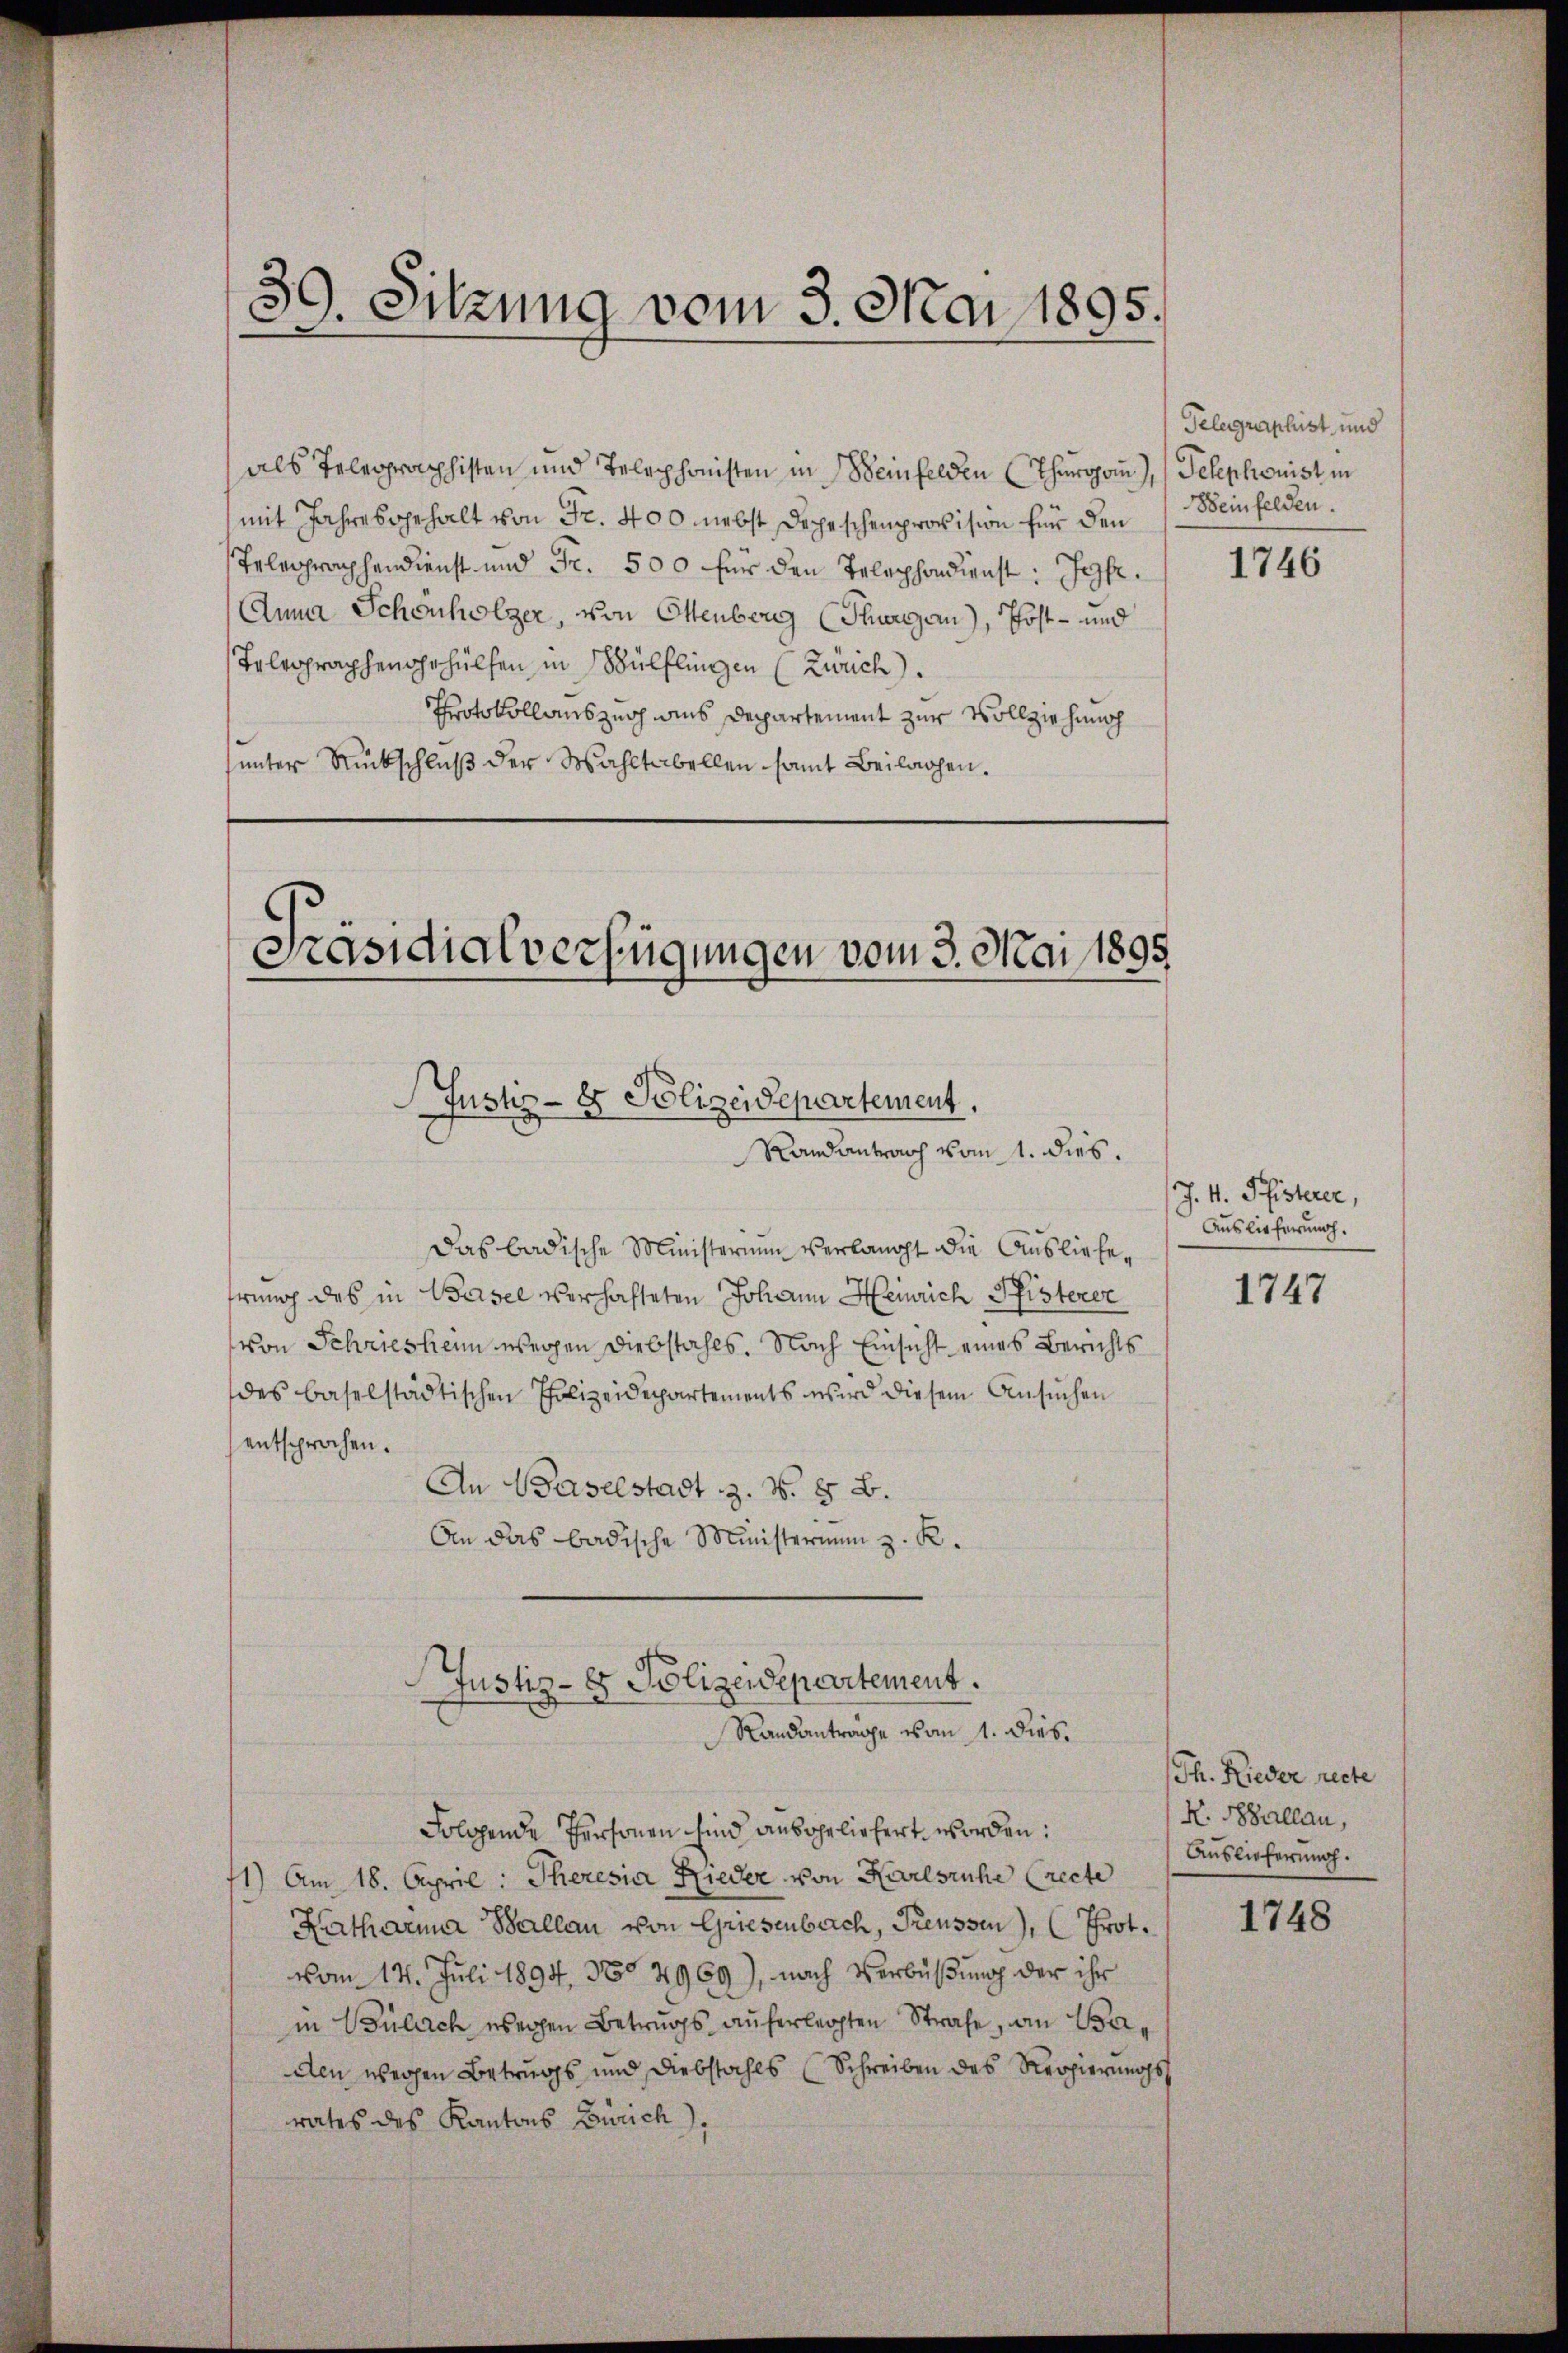
39. Sitzung vom 3. Mai 1895.

als Telegraphisten und Telephonisten in Weinfelden (Thurgau), Telephonist in
mit Jahresgehalt von Fr. 400 nebst Depeschenprovision für den
Telegraphendienst und Fr. 500 für den Telephondienst: Joh.
Anna Schönholzer, von Ottenberg (Thurgau), Post- und
Telegraphengehülfen, in Wülflingen (Zürich.
Protokollauszug aus Departement zur Vollziehung
unter Rückschluß der Wahltabellen samt Beilagen.

Präsidialverfügungen vom 3. Mai 1895
Justiz- & Polizeidepartement.
Randantrach vom 1. dies.

Justiz- & Polizeidepartement.
Randantrage vom 1. Dies.

Das badische Ministerium verlangt die Ausliefehrung des in Basel verhafteten Johann Heinrich Pfisterer
von Schrieshenn wegen Diebstahls. Nach Einsicht eines Berichts
des baselstädtischen Polizeidepartements wird diesem Ansuchen
entsprochen.
An Baselstadt z. B. § B.
An das badische Ministerium z. K.

Telegraphist und
Beinfelden.

Folgende Personen sind ausgeliefert worden:
1) Am 18. April: Theresia Nieder von Karlsruhe (recte
Katharina Ballau von Griesenbach, Preussen), (Prot.
vom 14. Juli 1894, No 2969), nach Verbüßung der ihr
in Bülach wegen Betrugs auferlegten Strafe, an Baden wegen Betrugs und Diebstahls (Schreiben des Regierungsrates des Kantons Zürich).

1746

J. V. Pfisterer,
Auslieferung.

1747

Th. Lieder recte
K. Ballau,
Auslieferung.

1748